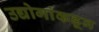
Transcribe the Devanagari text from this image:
उद्योगांकडून